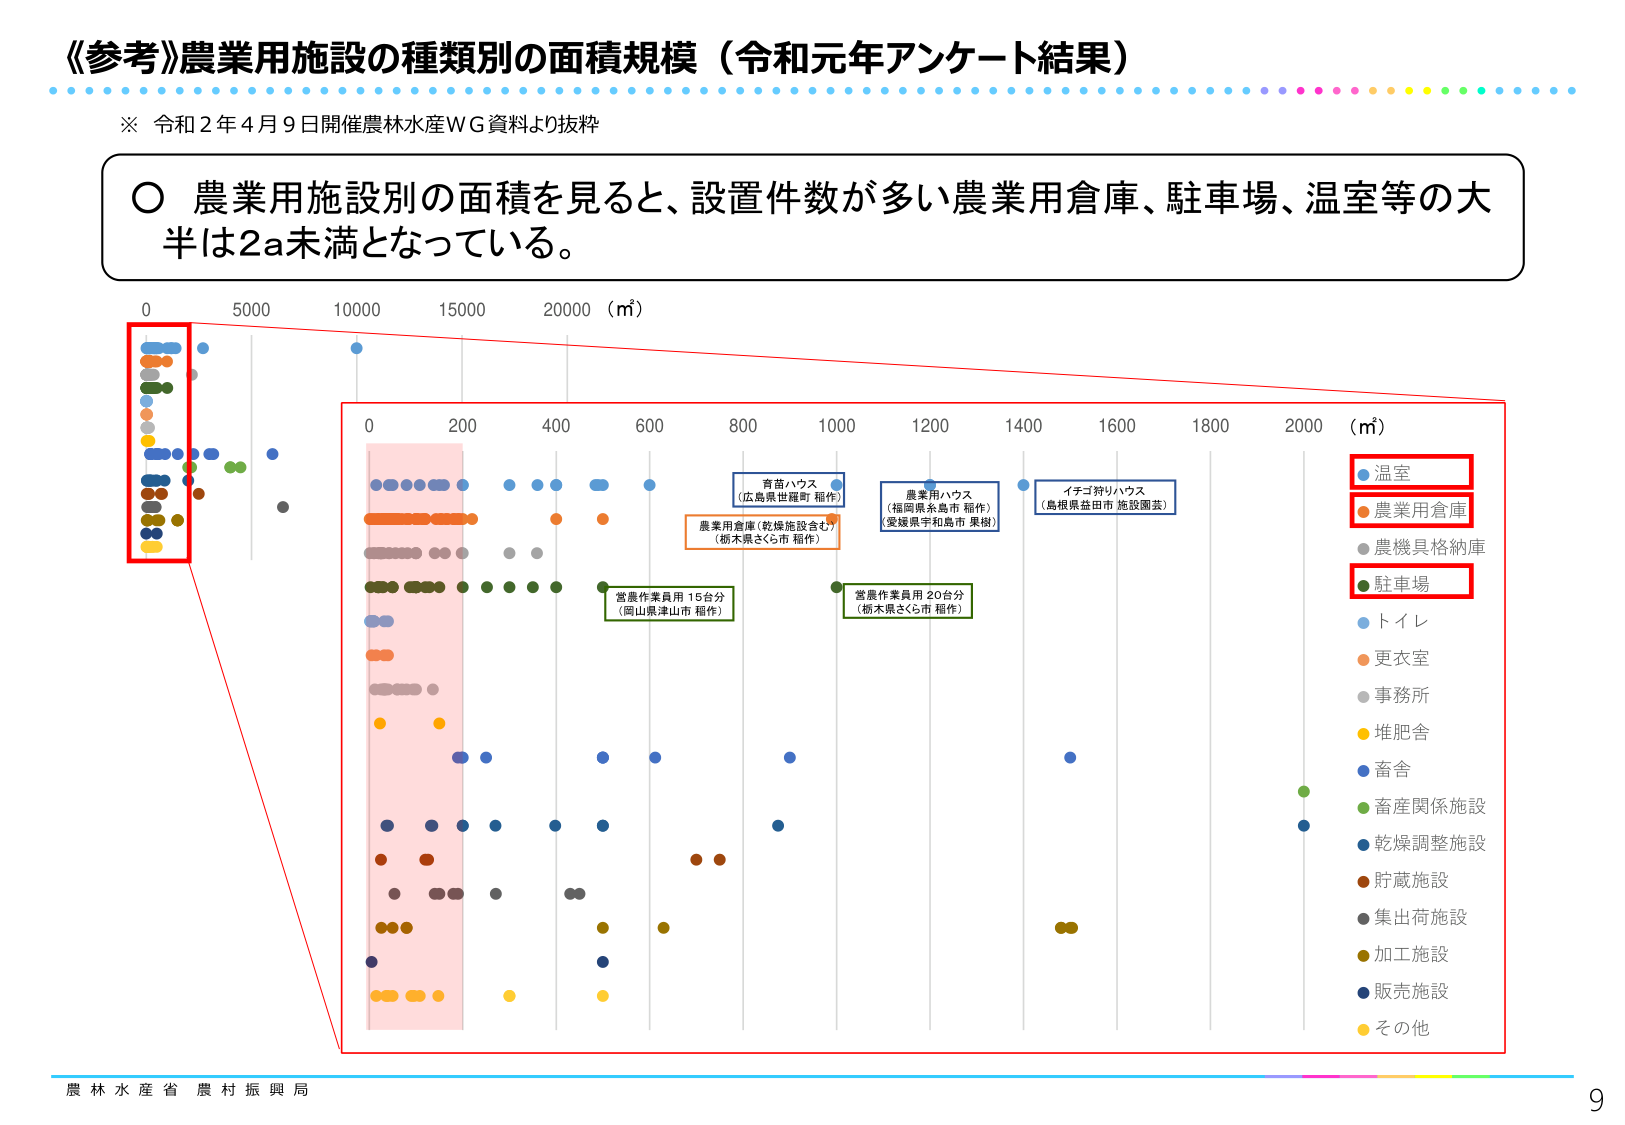
《参考》農業用施設の種類別の面積規模（令和元年アンケート結果）

※ 令和２年４月９日開催林水産ＷＧ資料より抜粋

○ 農業用施設別の面積を見ると、設置件数が多い農業用倉庫、駐車場、温室等の大半は2a未満となっている。

0 5000 10000 15000 20000 （㎡）

0 200 400 600 800 1000 1200 1400 1600 1800 2000 （㎡）

・温室
・農業用倉庫
・農機具格納庫
・駐車場
・トイレ
・更衣室
・事務所
・堆肥舎
・畜舎
・畜産関係施設
・乾燥調整施設
・貯蔵施設
・集出荷施設
・加工施設
・販売施設
・その他

育苗ハウス
（広島県世羅町 稲作）

農業用ハウス
（福岡県糸島市 稲作）
（愛媛県宇和島市 果樹）

イチゴ狩りハウス
（島根県益田市 施設園芸）

農業用倉庫（乾燥施設含む）
（栃木県さくら市 稲作）

営農作業員用 15台分
（岡山県津山市 稲作）

営農作業員用 20台分
（栃木県さくら市 稲作）

農林水産省 農村振興局

9